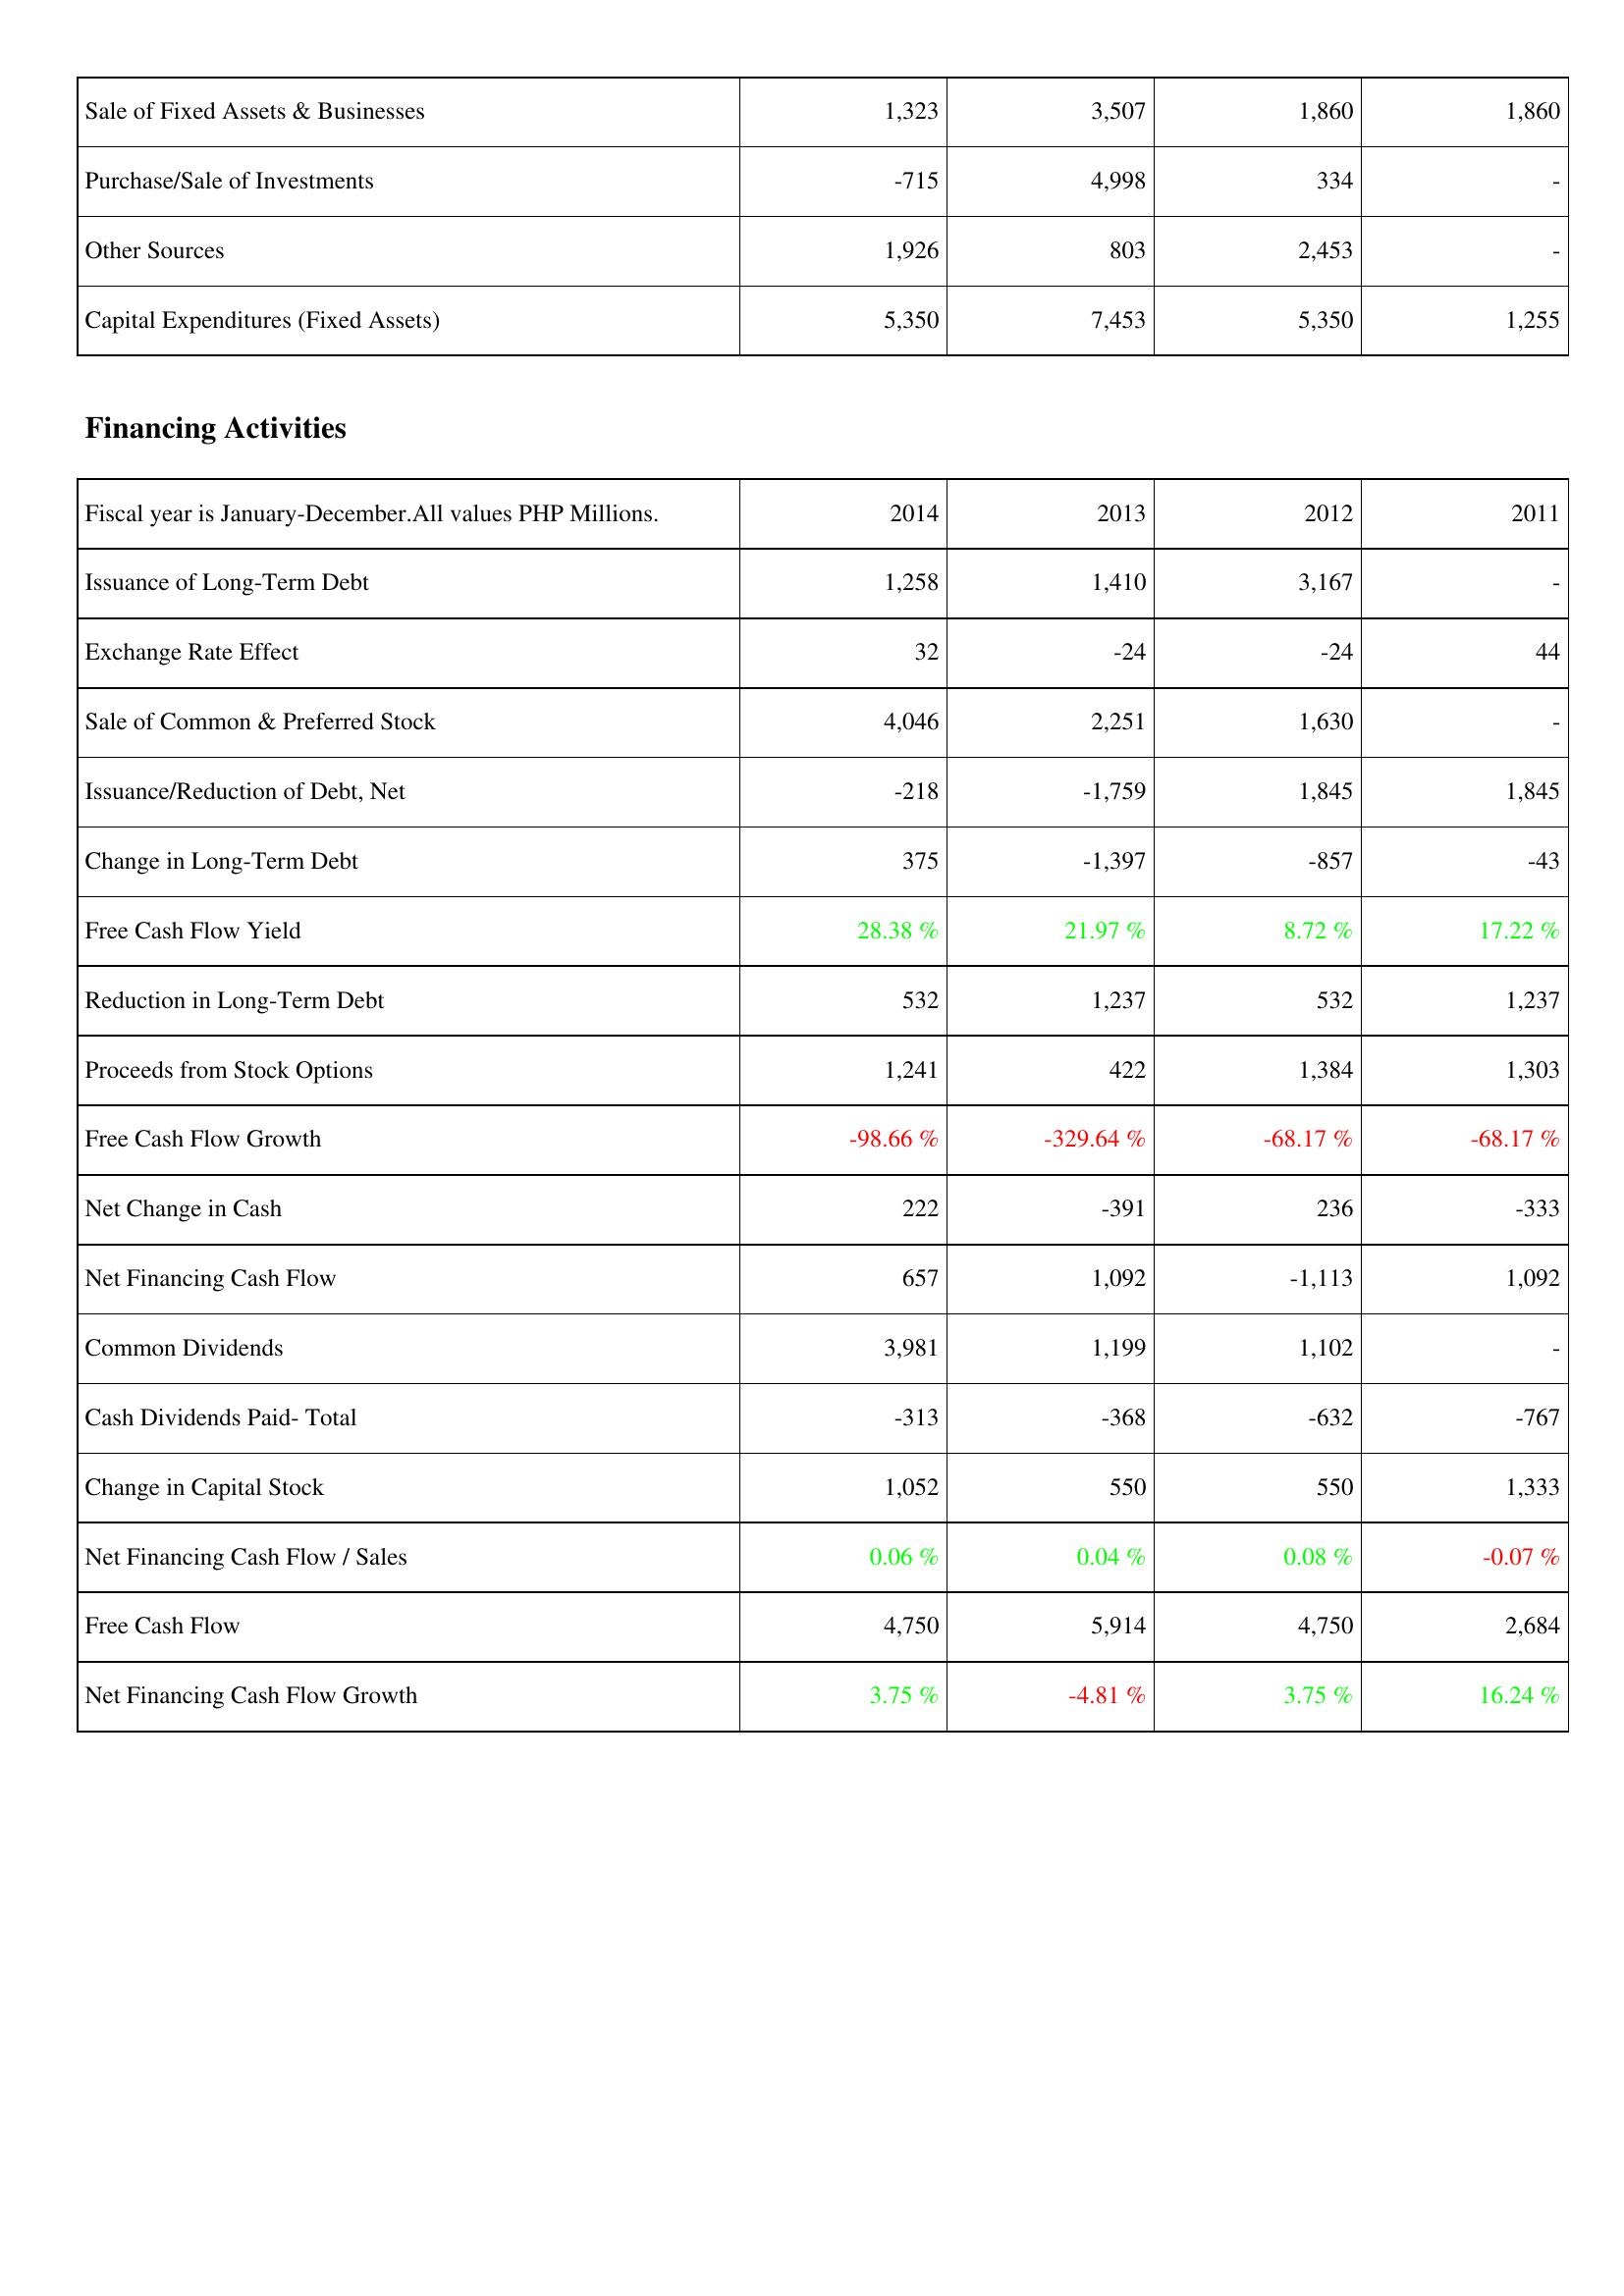
2014: Investing Activities: Sale of Fixed Assets & Businesses: 1,323
Purchase/Sale of Investments: -715
Other Sources: 1,926
Capital Expenditures (Fixed Assets): 5,350
Financing Activities: Issuance of Long-Term Debt: 1,258
Exchange Rate Effect: 32
Sale of Common & Preferred Stock: 4,046
Issuance/Reduction of Debt, Net: -218
Change in Long-Term Debt: 375
Free Cash Flow Yield: 28.38 %
Reduction in Long-Term Debt: 532
Proceeds from Stock Options: 1,241
Free Cash Flow Growth: -98.66 %
Net Change in Cash: 222
Net Financing Cash Flow: 657
Common Dividends: 3,981
Cash Dividends Paid- Total: -313
Change in Capital Stock: 1,052
Net Financing Cash Flow / Sales: 0.06 %
Free Cash Flow: 4,750
Net Financing Cash Flow Growth: 3.75 %
2013: Investing Activities: Sale of Fixed Assets & Businesses: 3,507
Purchase/Sale of Investments: 4,998
Other Sources: 803
Capital Expenditures (Fixed Assets): 7,453
Financing Activities: Issuance of Long-Term Debt: 1,410
Exchange Rate Effect: -24
Sale of Common & Preferred Stock: 2,251
Issuance/Reduction of Debt, Net: -1,759
Change in Long-Term Debt: -1,397
Free Cash Flow Yield: 21.97 %
Reduction in Long-Term Debt: 1,237
Proceeds from Stock Options: 422
Free Cash Flow Growth: -329.64 %
Net Change in Cash: -391
Net Financing Cash Flow: 1,092
Common Dividends: 1,199
Cash Dividends Paid- Total: -368
Change in Capital Stock: 550
Net Financing Cash Flow / Sales: 0.04 %
Free Cash Flow: 5,914
Net Financing Cash Flow Growth: -4.81 %
2012: Investing Activities: Sale of Fixed Assets & Businesses: 1,860
Purchase/Sale of Investments: 334
Other Sources: 2,453
Capital Expenditures (Fixed Assets): 5,350
Financing Activities: Issuance of Long-Term Debt: 3,167
Exchange Rate Effect: -24
Sale of Common & Preferred Stock: 1,630
Issuance/Reduction of Debt, Net: 1,845
Change in Long-Term Debt: -857
Free Cash Flow Yield: 8.72 %
Reduction in Long-Term Debt: 532
Proceeds from Stock Options: 1,384
Free Cash Flow Growth: -68.17 %
Net Change in Cash: 236
Net Financing Cash Flow: -1,113
Common Dividends: 1,102
Cash Dividends Paid- Total: -632
Change in Capital Stock: 550
Net Financing Cash Flow / Sales: 0.08 %
Free Cash Flow: 4,750
Net Financing Cash Flow Growth: 3.75 %
2011: Investing Activities: Sale of Fixed Assets & Businesses: 1,860
Purchase/Sale of Investments: -
Other Sources: -
Capital Expenditures (Fixed Assets): 1,255
Financing Activities: Issuance of Long-Term Debt: -
Exchange Rate Effect: 44
Sale of Common & Preferred Stock: -
Issuance/Reduction of Debt, Net: 1,845
Change in Long-Term Debt: -43
Free Cash Flow Yield: 17.22 %
Reduction in Long-Term Debt: 1,237
Proceeds from Stock Options: 1,303
Free Cash Flow Growth: -68.17 %
Net Change in Cash: -333
Net Financing Cash Flow: 1,092
Common Dividends: -
Cash Dividends Paid- Total: -767
Change in Capital Stock: 1,333
Net Financing Cash Flow / Sales: -0.07 %
Free Cash Flow: 2,684
Net Financing Cash Flow Growth: 16.24 %